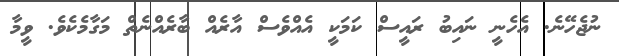
ނުޖެހޭނެ. އެހެނީ ނައިބު ރައީސް ކަމަކީ އެއްވެސް އާރެއް ބާރެއްނެތް މަގާމެކެވެ. ވީމާ